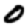
Digit: 0